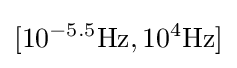
[10^{-5.5}\mathrm {Hz} ,10^{4}\mathrm {Hz} ]